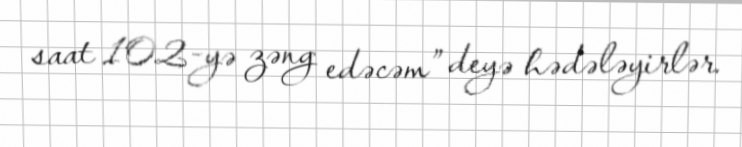
saat 102-yə zəng edəcəm” deyə hədələyirlər.